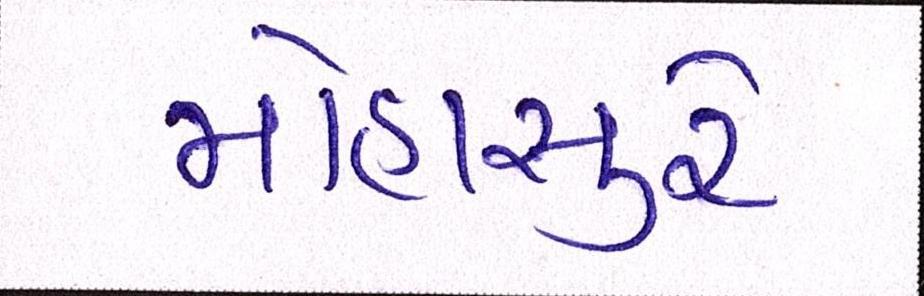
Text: મોહાસુરે